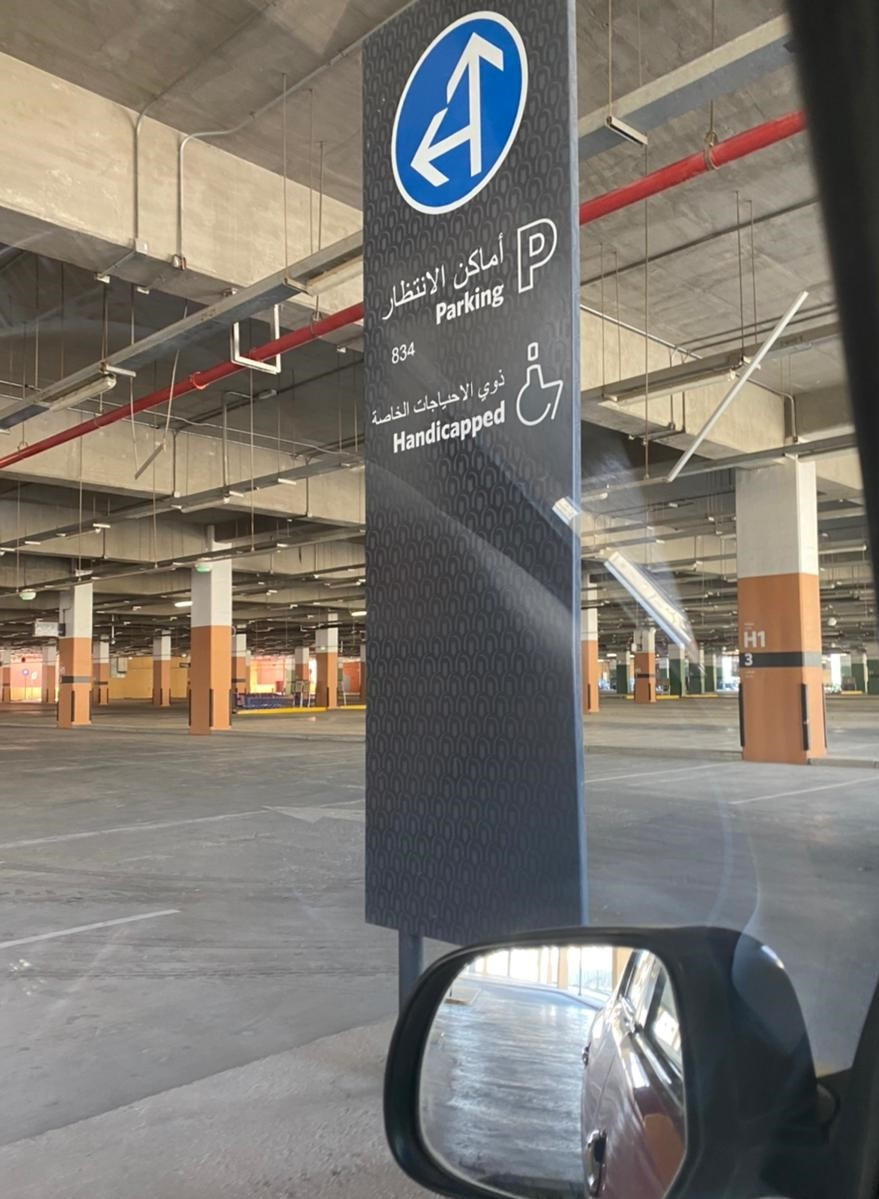
Text in image: أماكن الانتظار ذوي الاحياجات الخاصة P Parking 834 Handicapped H1 3